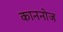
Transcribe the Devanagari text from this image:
काननोज